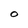
Character: O